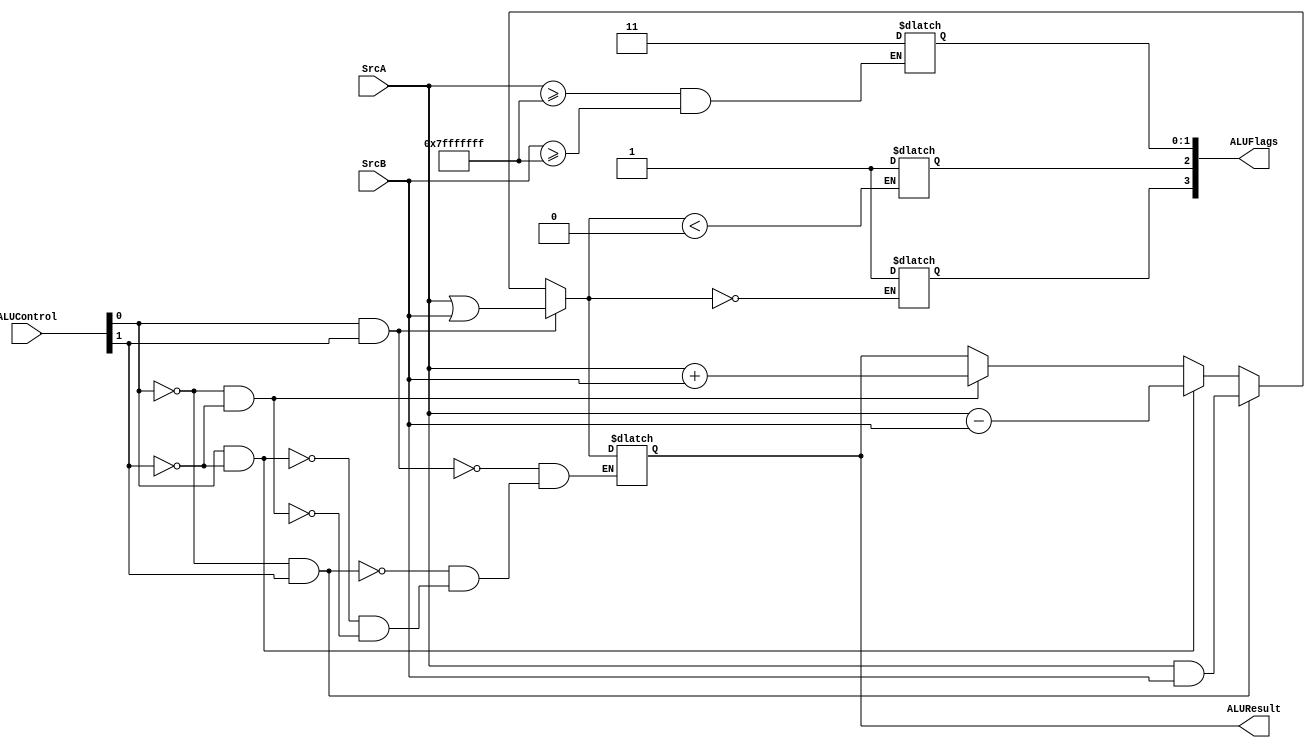
module ALU(
    output [31:0] ALUResult,
    output [3:0] ALUFlags,
    input [31:0] SrcA,
    input [31:0] SrcB,
    input [1:0] ALUControl
);
    //L'alu, in base al controllo che riceve scrive l'operazione risultante:
    reg [31:0] res;
    //qui mi salvo i valori dei flags
    reg [3:0] flags;
    initial
        begin
            if(ALUControl[0] == 0 && ALUControl[1] == 0) //00 ADD
                res = SrcA + SrcB;
            if(ALUControl[0] == 1 && ALUControl[1] == 0) //01 SUB
                res = SrcA - SrcB;
            if(ALUControl[0] == 0 && ALUControl[1] == 1) //10 AND
                res = SrcA & SrcB;
            if(ALUControl[0] == 1 && ALUControl[1] == 1) //11 ORR
                res = SrcA | SrcB;
            if(res == 0)
                flags[3] = 1;
            if(res<0)
                flags[2] = 1;
            if(SrcA >= 2**31-1 && SrcB >= 2**31-1) begin
                //Se entrambi sono maggiori della met ho un carry sicuramente e anche overflow
                flags[1] = 1;
                flags[0] = 1;   
            end
        end
        assign
            ALUResult = res;
        assign
            ALUFlags = flags;
endmodule